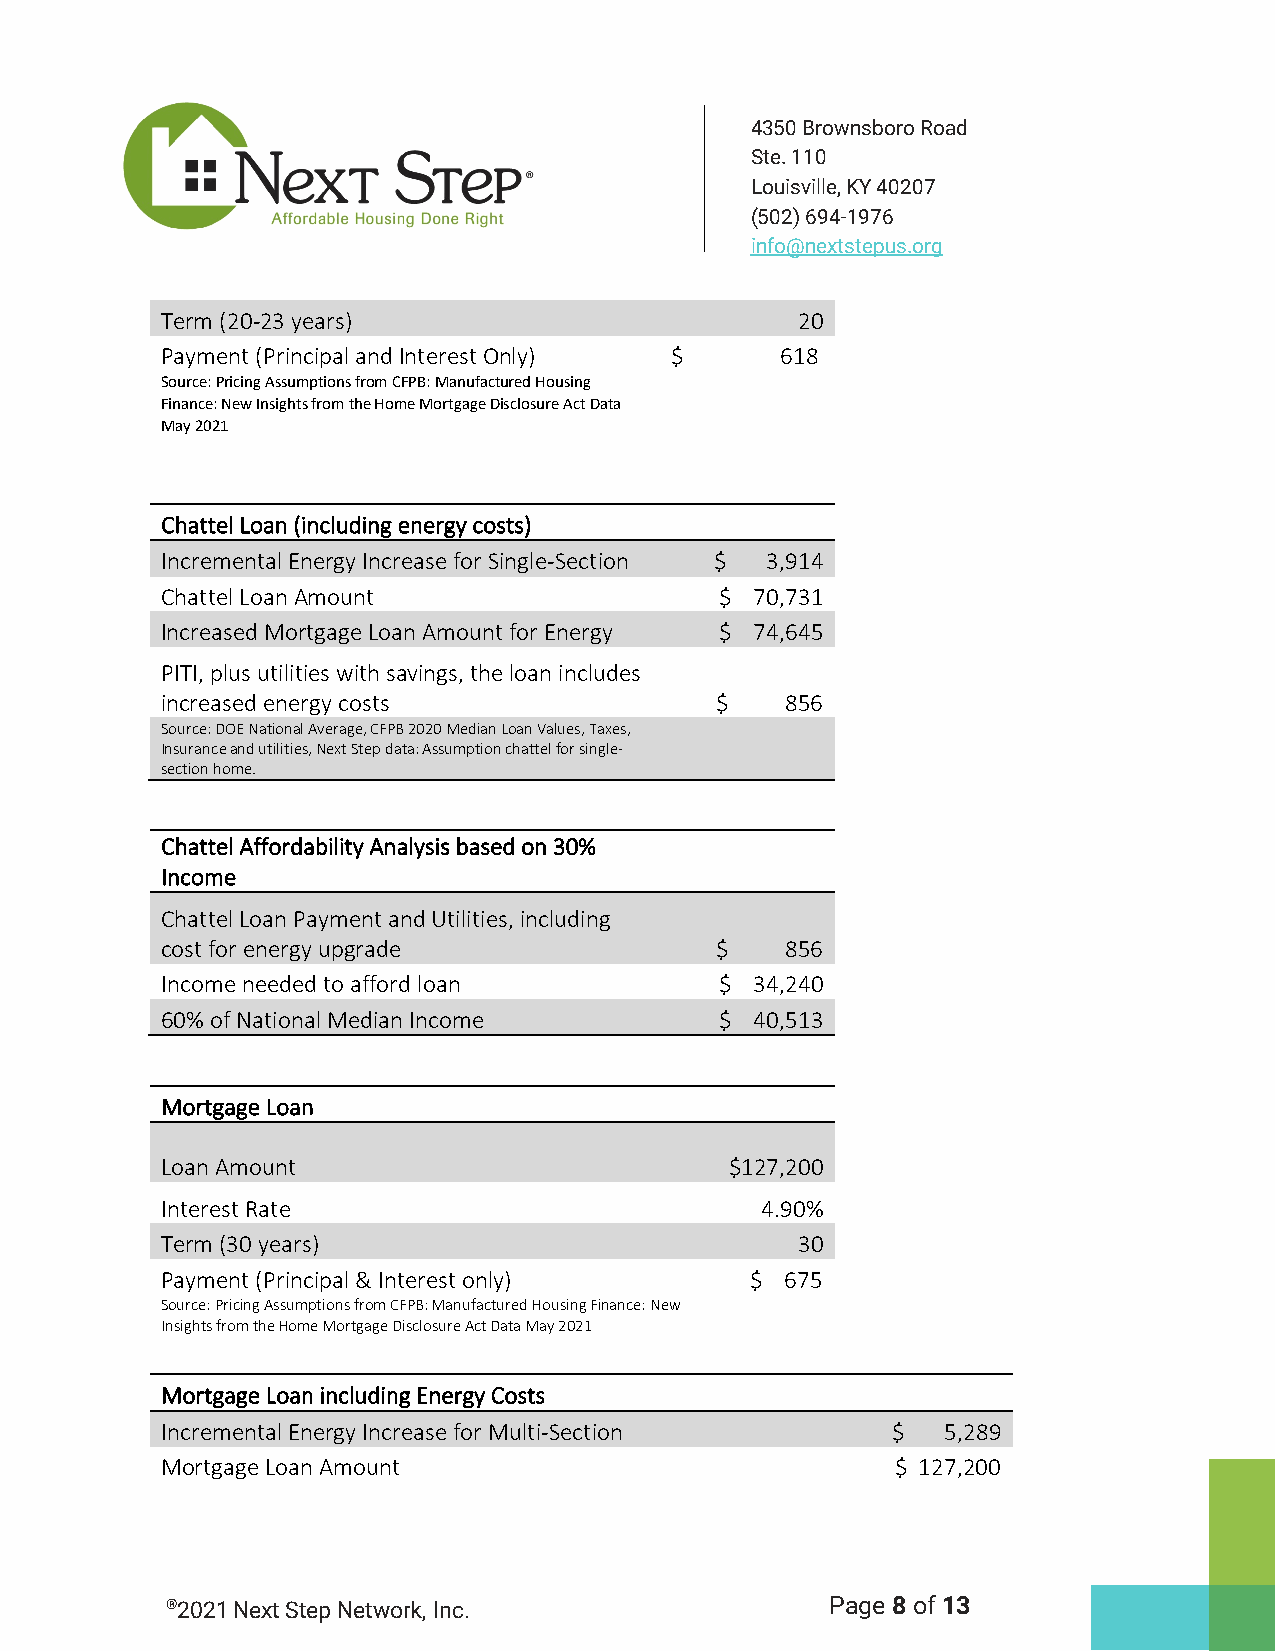
4350 Brownsboro Road
 Ste. 110
 Louisville, KY 40207
 (502) 694-1976
 info@nextstepus.org
 Term (20-23 years)                        20
 Payment (Principal and Interest Only) $  618
 Source: Pricing Assumptions from CFPB: Manufactured Housing
 Finance: New Insights from the Home Mortgage Disclosure Act Data
 May 2021
 Chattel Loan (including energy costs)
 Incremental Energy Increase for Single-Section $ 3,914
 Chattel Loan Amount                  $ 70,731
 Increased Mortgage Loan Amount for Energy $ 74,645
 PITI, plus utilities with savings, the loan includes
 increased energy costs              $    856
 Source: DOE National Average, CFPB 2020 Median Loan Values, Taxes,
 Insurance and utilities, Next Step data: Assumption chattel for single-
 section home.
 Chattel Affordability Analysis based on 30%
 Income
 Chattel Loan Payment and Utilities, including
 cost for energy upgrade             $    856
 Income needed to afford loan         $ 34,240
 60% of National Median Income        $ 40,513
 Mortgage Loan
 Loan Amount                          $127,200
 Interest Rate                          4.90%
 Term (30 years)                           30
 Payment (Principal & Interest only)    $ 675
 Source: Pricing Assumptions from CFPB: Manufactured Housing Finance: New
 Insights from the Home Mortgage Disclosure Act Data May 2021
 Mortgage Loan including Energy Costs
 Incremental Energy Increase for Multi-Section   $   5,289
 Mortgage Loan Amount                            $ 127,200
 ®2021 Next Step Network, Inc.               Page 8 of 13